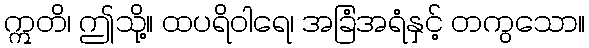
ဣတိ၊ ဤသို့။ ထပရိဝါရေ၊ အခြံအရံနှင့် တကွသော။